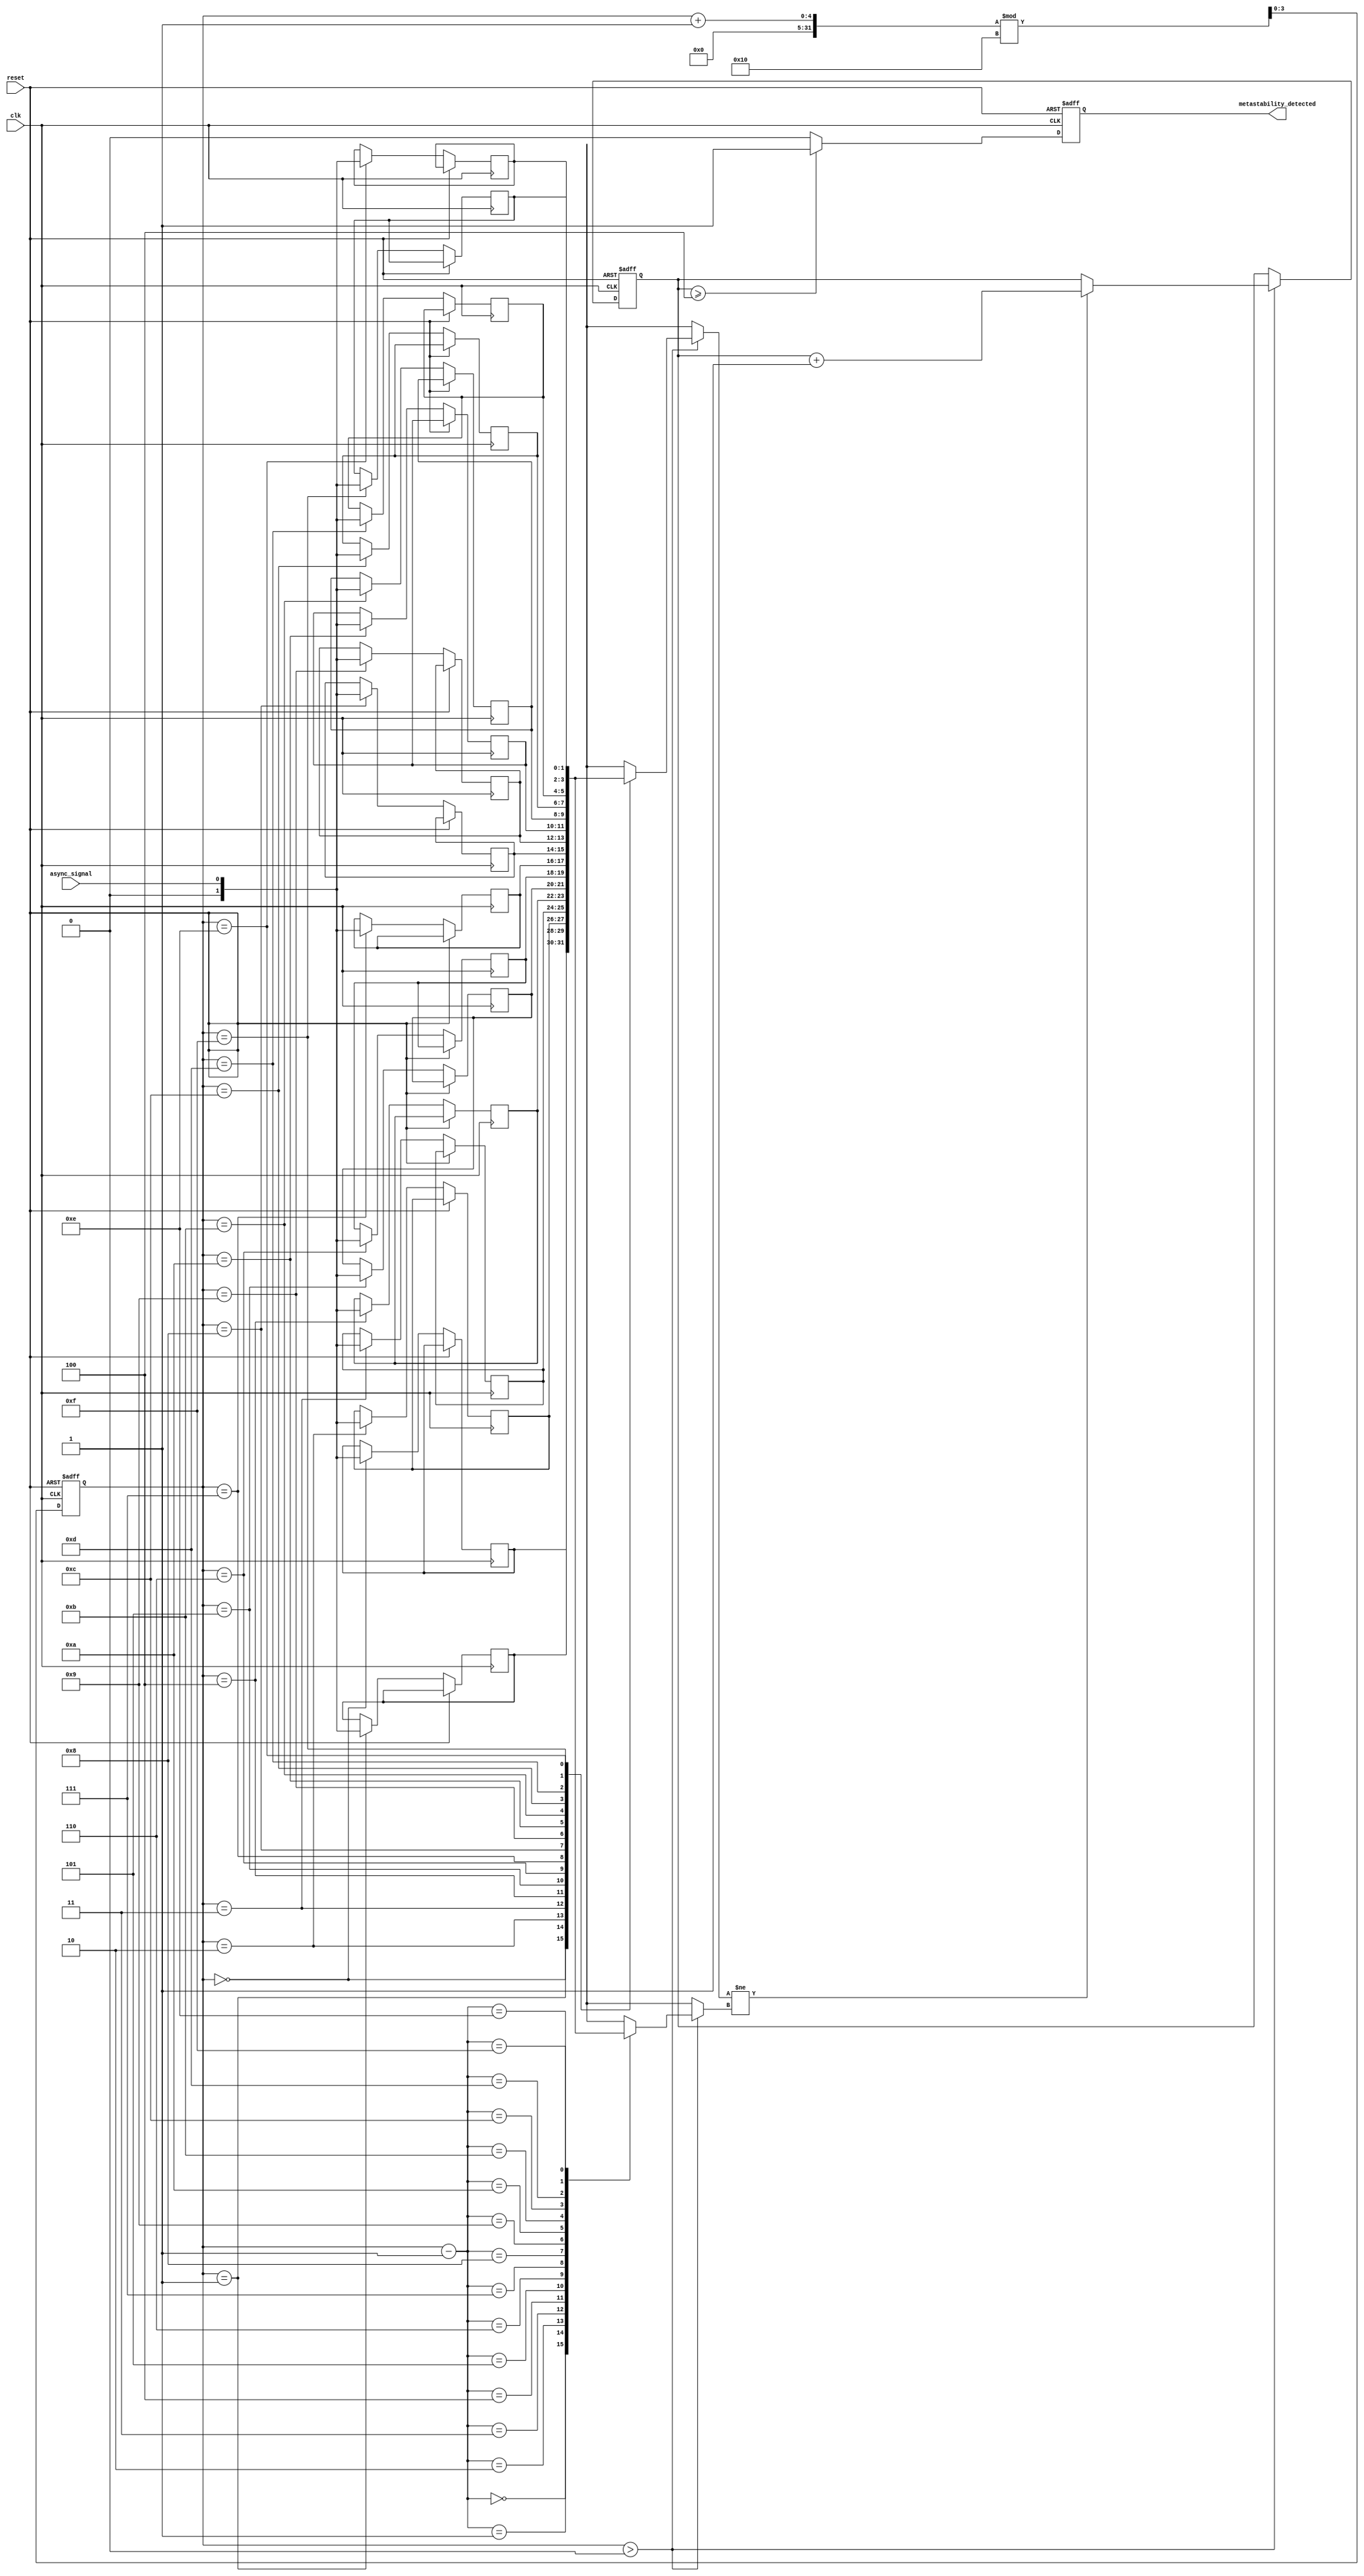
module metastability_detector (
    input wire clk,                // Sampling clock
    input wire async_signal,       // Asynchronous input signal
    input wire reset,              // Reset signal
    output reg metastability_detected // Output signal indicating metastability
);

    // Parameters
    parameter SAMPLE_SIZE = 16;   // Number of samples to store
    parameter THRESHOLD = 4;       // Threshold for metastability detection

    // Memory block to store samples
    reg [1:0] sample_memory [0:SAMPLE_SIZE-1]; // 2-bit memory for storing sampled values
    reg [3:0] write_pointer;       // Pointer for writing samples
    reg [3:0] read_pointer;        // Pointer for reading samples
    reg [3:0] transition_count;     // Count of transitions between states

    // Sampling mechanism
    always @(posedge clk or posedge reset) begin
        if (reset) begin
            write_pointer <= 0;
            read_pointer <= 0;
            metastability_detected <= 0;
            transition_count <= 0;
        end else begin
            // Store the sampled value in memory
            sample_memory[write_pointer] <= async_signal;
            write_pointer <= (write_pointer + 1) % SAMPLE_SIZE;

            // Check for transitions
            if (write_pointer > 0) begin
                if (sample_memory[write_pointer] != sample_memory[write_pointer - 1]) begin
                    transition_count <= transition_count + 1;
                end
            end

            // Check for metastability
            if (transition_count >= THRESHOLD) begin
                metastability_detected <= 1;
            end else begin
                metastability_detected <= 0;
            end
        end
    end

    // Random sampling mechanism (simple counter for demonstration)
    always @(posedge clk) begin
        if (reset) begin
            read_pointer <= 0;
        end else begin
            // Randomly select a sample (for simplicity, we just increment)
            // In a real design, you would use a PRNG or other method
            read_pointer <= (read_pointer + 1) % SAMPLE_SIZE;
        end
    end

endmodule